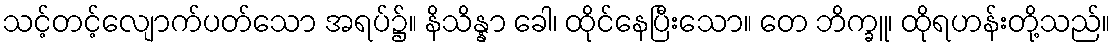
သင့်တင့်လျောက်ပတ်သော အရပ်၌။ နိသိန္နာ ခေါ၊ ထိုင်နေပြီးသော။ တေ ဘိက္ခူ၊ ထိုရဟန်းတို့သည်။